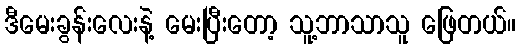
ဒီမေးခွန်းလေးနဲ့ မေးပြီးတော့ သူ့ဘာသာသူ ဖြေတယ်။